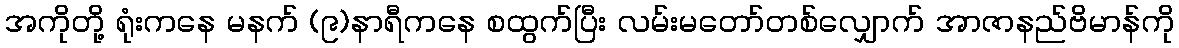
အကိုတို့ ရုံးကနေ မနက် (၉)နာရီကနေ စထွက်ပြီး လမ်းမတော်တစ်လျှောက် အာဇာနည်ဗိမာန်ကို